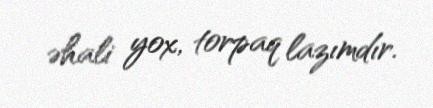
əhali yox, torpaq lazımdır.